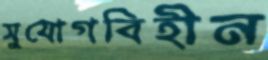
সুযোগবিহীন